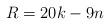
LaTeX: \begin{align*}R=20k-9n\end{align*}